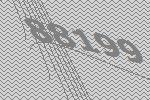
88199